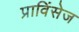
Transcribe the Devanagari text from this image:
प्राविंसेज